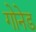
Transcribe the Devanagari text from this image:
गोनेड